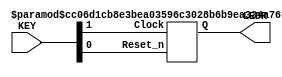
///
module part1(KEY,LEDR);
	input [1:0] KEY;
	output [4:0] LEDR;
	counter c0(KEY[1], KEY[0], LEDR[4:0]);
	defparam c0.n = 5;
	defparam c0.k = 20;
endmodule
module counter (Clock, Reset_n, Q);
	parameter n = 4;
	parameter k = 10;
	input Clock, Reset_n;
	output [n-1:0] Q;
	reg [n-1:0] Q;
	always @(posedge Clock or negedge Reset_n)
	begin
		if (!Reset_n)
			Q <= 1'd0;
		else begin
			Q <= Q + 1'b1;
			if(Q == k)
				Q <= 1'd0;
			end
	end
endmodule